Papers set at the Examination for Leaving Certificates, 1893
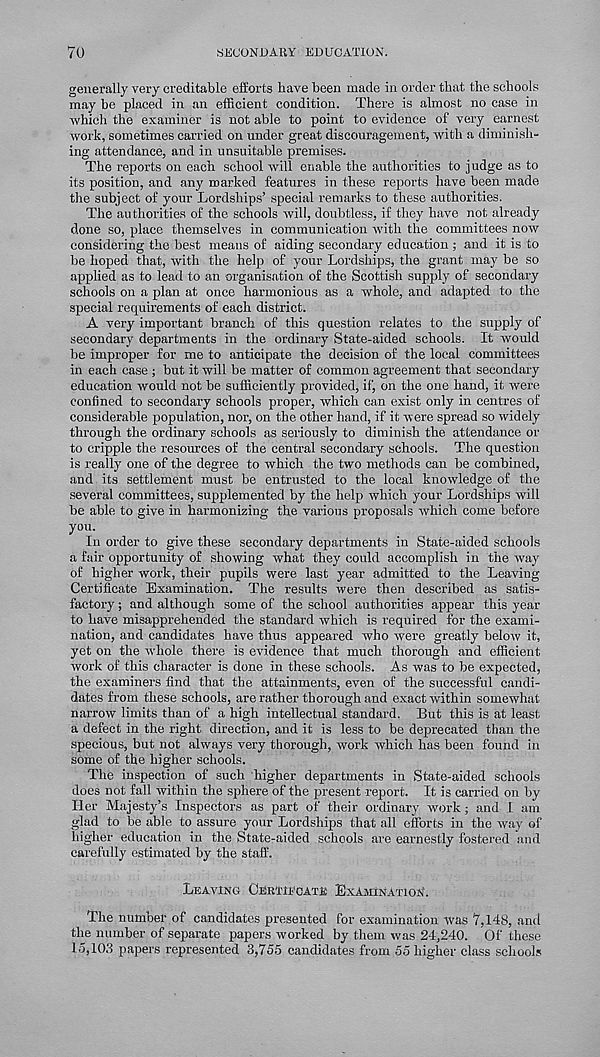
7u
SECONDARY EDUCATION.
generally very creditable efforts have been made in order that the schools
may be placed in an efficient condition. There is almost no case in
-which the examiner is not able to point to evidence of very earnest
work, sometimes carried on under great discouragement, with a diminish-
ing attendance, and in unsuitable premises.
The reports on each school will enable the authorities to judge as to
its position, and any marked features in these reports have been made
the subject of your Lordships’ special remarks to these authorities.
The authorities of the schools will, doubtless, if they have not already
done so, place themselves in communication with the committees now
considering the best means of aiding secondary education ; and it is to
be hoped that, with the help of your Lordships, the grant may be so
applied as to lead to an organisation of the Scottish supply of secondary
schools on a plan at once harmonious as a whole, and adapted to the
special requirements of each district.
A very important branch of this question relates to the supply of
secondary departments in the ordinary State-aided schools. It would
be improper for me to anticipate the decision of the local committees
in each case ; but it will be matter of common agreement that secondary
education would not be sufficiently provided, if, on the one hand, it were
confined to secondary schools proper, which can exist only in centres of
considerable population, nor, on the other hand, if it were spread so widely
through the ordinary schools as seriously to diminish the attendance or
to cripple the resources of the central secondary schools. The question
is really one of the degree to which the two methods can be combined,
and its settlement must be entrusted to the local knowledge of the
several committees, supplemented by the help which your Lordships will
be able to give in harmonizing the various proposals which come before
you.
In order to give these secondary departments in State-aided schools
a fair opportunity of showing what they could accomplish in the way
of higher work, their pupils were last year admitted to the Leaving
Certificate Examination. The results were then described as satis-
factory ; and although some of the school authorities appear this year
to have misapprehended the standard which is required for the exami-
nation, and candidates have thus appeared who were greatly below it,
yet on the whole there is evidence that much thorough and efficient
work of this character is done in these schools. As was to be expected,
the examiners find that the attainments, even of the successful candi-
dates from these schools, are rather thorough and exact within somewhat
narrow limits than of a high intellectual standard. But this is at least
a defect in the right direction, and it is less to be deprecated than the
specious, but not always very thorough, work which has been found in
some of the higher schools.
The inspection of such higher departments in State-aided schools
does not fall within the sphere of the present report. It is carried on by
Her Majesty’s Inspectors as part of their ordinary work ; and I am
glad to be able to assure your Lordships that all efforts in the way of
higher education in the State-aided schools are earnestly fostered and
carefully estimated by the staff.
Leaving Certifcate Examination.
The number of candidates presented for examination was 7,148, and
the number of separate papers worked by them was 24,240. Of these
15,103 papers represented 3,755 candidates from 55 higher class schools